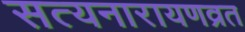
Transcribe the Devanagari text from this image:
सत्यनारायणव्रत